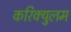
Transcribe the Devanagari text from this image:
करिक्युलम